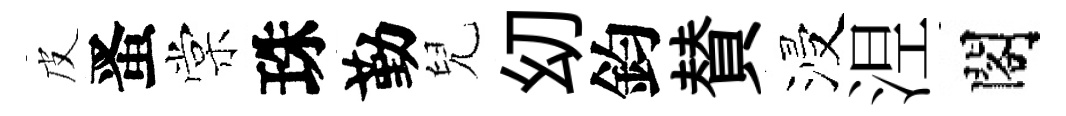
皮󱉠棠珠勤兒㓜鈞賛浸𣵀閣